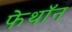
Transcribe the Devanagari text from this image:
फेथॉन